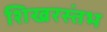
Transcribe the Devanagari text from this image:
शिखरस्तंभ